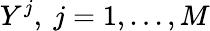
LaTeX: Y^{j},\ j=1,...,M